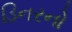
ડિનરનો